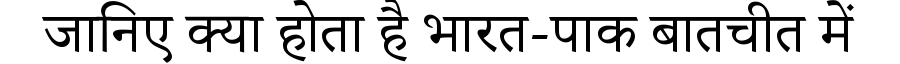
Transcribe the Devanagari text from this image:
जानिए क्या होता है भारत-पाक बातचीत में